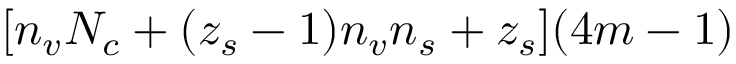
[ n _ { v } N _ { c } + ( z _ { s } - 1 ) n _ { v } n _ { s } + z _ { s } ] ( 4 m - 1 )